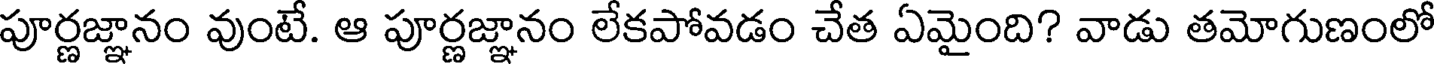
పూర్ణజ్ఞానం వుంటే. ఆ పూర్ణజ్ఞానం లేకపోవడం చేత ఏమైంది? వాడు తమోగుణంలో